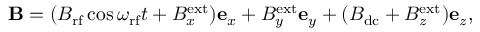
\mathbf { B } = ( B _ { \mathrm { r f } } \cos { \omega _ { \mathrm { r f } } t } + B _ { x } ^ { \mathrm { e x t } } ) \mathbf { e } _ { x } + B _ { y } ^ { \mathrm { e x t } } \mathbf { e } _ { y } + ( B _ { \mathrm { d c } } + B _ { z } ^ { \mathrm { e x t } } ) \mathbf { e } _ { z } ,